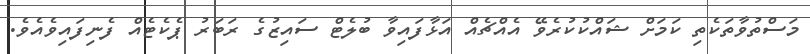
މަސްތުވާތަކެތި ކަމަށް ޝައްކުކުރެވޭ އެއްޗެއް އަޅާފައިވާ ބުލެޓް ސައިޒުގެ ރަބަރު ޕެކެޓެއް ފެނިފައިވެއެވެ.